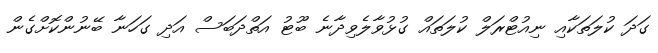
ގަދަ ކުލަތަކާއި ނިއުޓްރަލް ކުލަތައް ގުޅުވާލެވިދާނެ ބޫޓު އަތްދަބަސް އަދި ގަހަނާ ބޭނުންކޮށްގެން